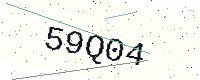
Text: 59Q04